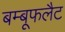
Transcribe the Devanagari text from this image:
बम्बूफलैट